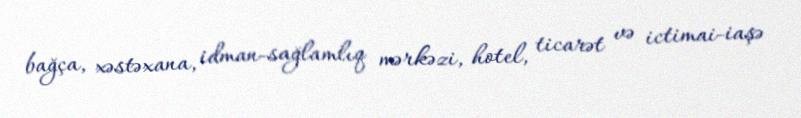
bağça, xəstəxana, idman-sağlamlıq mərkəzi, hotel, ticarət və ictimai-iaşə